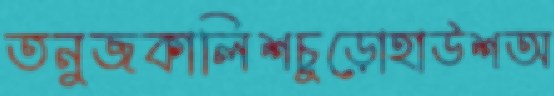
তনুজকালিশচুড়োহাউশঅ